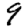
Digit: 9